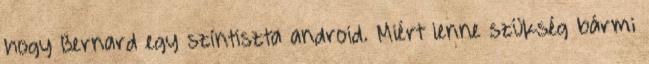
hogy Bernard egy színtiszta android. Miért lenne szükség bármi